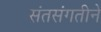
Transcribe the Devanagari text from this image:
संतसंगतीने